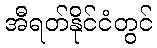
အီရတ်နိုင်ငံတွင်